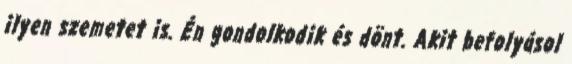
ilyen szemetet is. Én gondolkodik és dönt. Akit befolyásol